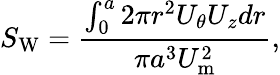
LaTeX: S_{\mathrm{{W}}}=\frac{\int_{0}^{a}2\pi r^{2}U_{\theta}U_{z}dr}{\pi a^{3}U_{\mathrm{{m}}}^{2}},